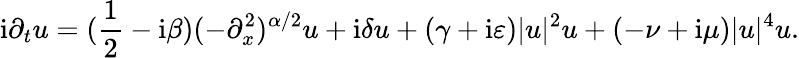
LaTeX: \mathrm{i}\partial_{t}u=(\frac{1}{2}-\mathrm{i}\beta)(-\partial_{x}^{2})^{\alpha/2}u+\mathrm{i}\delta u+(\gamma+\mathrm{i}\varepsilon)|u|^{2}u+(-\nu+\mathrm{i}\mu)|u|^{4}u.